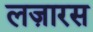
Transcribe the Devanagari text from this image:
लज़ारस